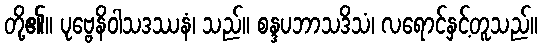
တို့၏။ ပုဗ္ဗေနိဝါသဒဿနံ၊ သည်။ စန္ဒပဘာသဒိသံ၊ လရောင်နှင့်တူသည်။